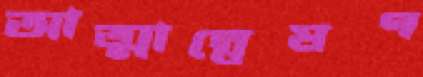
আত্মান্বেষণ